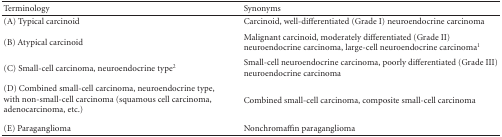
<table><thead><tr><td><b>Terminology</b></td><td><b>Synonyms</b></td></tr></thead><tbody><tr><td>(A) Typical carcinoid </td><td>Carcinoid, well-differentiated (Grade I) neuroendocrine carcinoma</td></tr><tr><td>(B) Atypical carcinoid</td><td>Malignant carcinoid, moderately differentiated (Grade II) neuroendocrine carcinoma, large-cell neuroendocrine carcinoma<sup>1</sup></td></tr><tr><td>(C) Small-cell carcinoma, neuroendocrine type<sup>2</sup></td><td>Small-cell neuroendocrine carcinoma, poorly differentiated (Grade III) neuroendocrine carcinoma</td></tr><tr><td>(D) Combined small-cell carcinoma, neuroendocrine type, with non-small-cell carcinoma (squamous cell carcinoma, adenocarcinoma, etc.) </td><td>Combined small-cell carcinoma, composite small-cell carcinoma</td></tr><tr><td>(E) Paraganglioma</td><td>Nonchromaffin paraganglioma</td></tr></tbody></table>